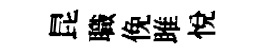
昆職俛雎悦